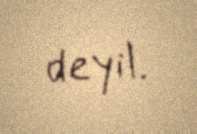
deyil.